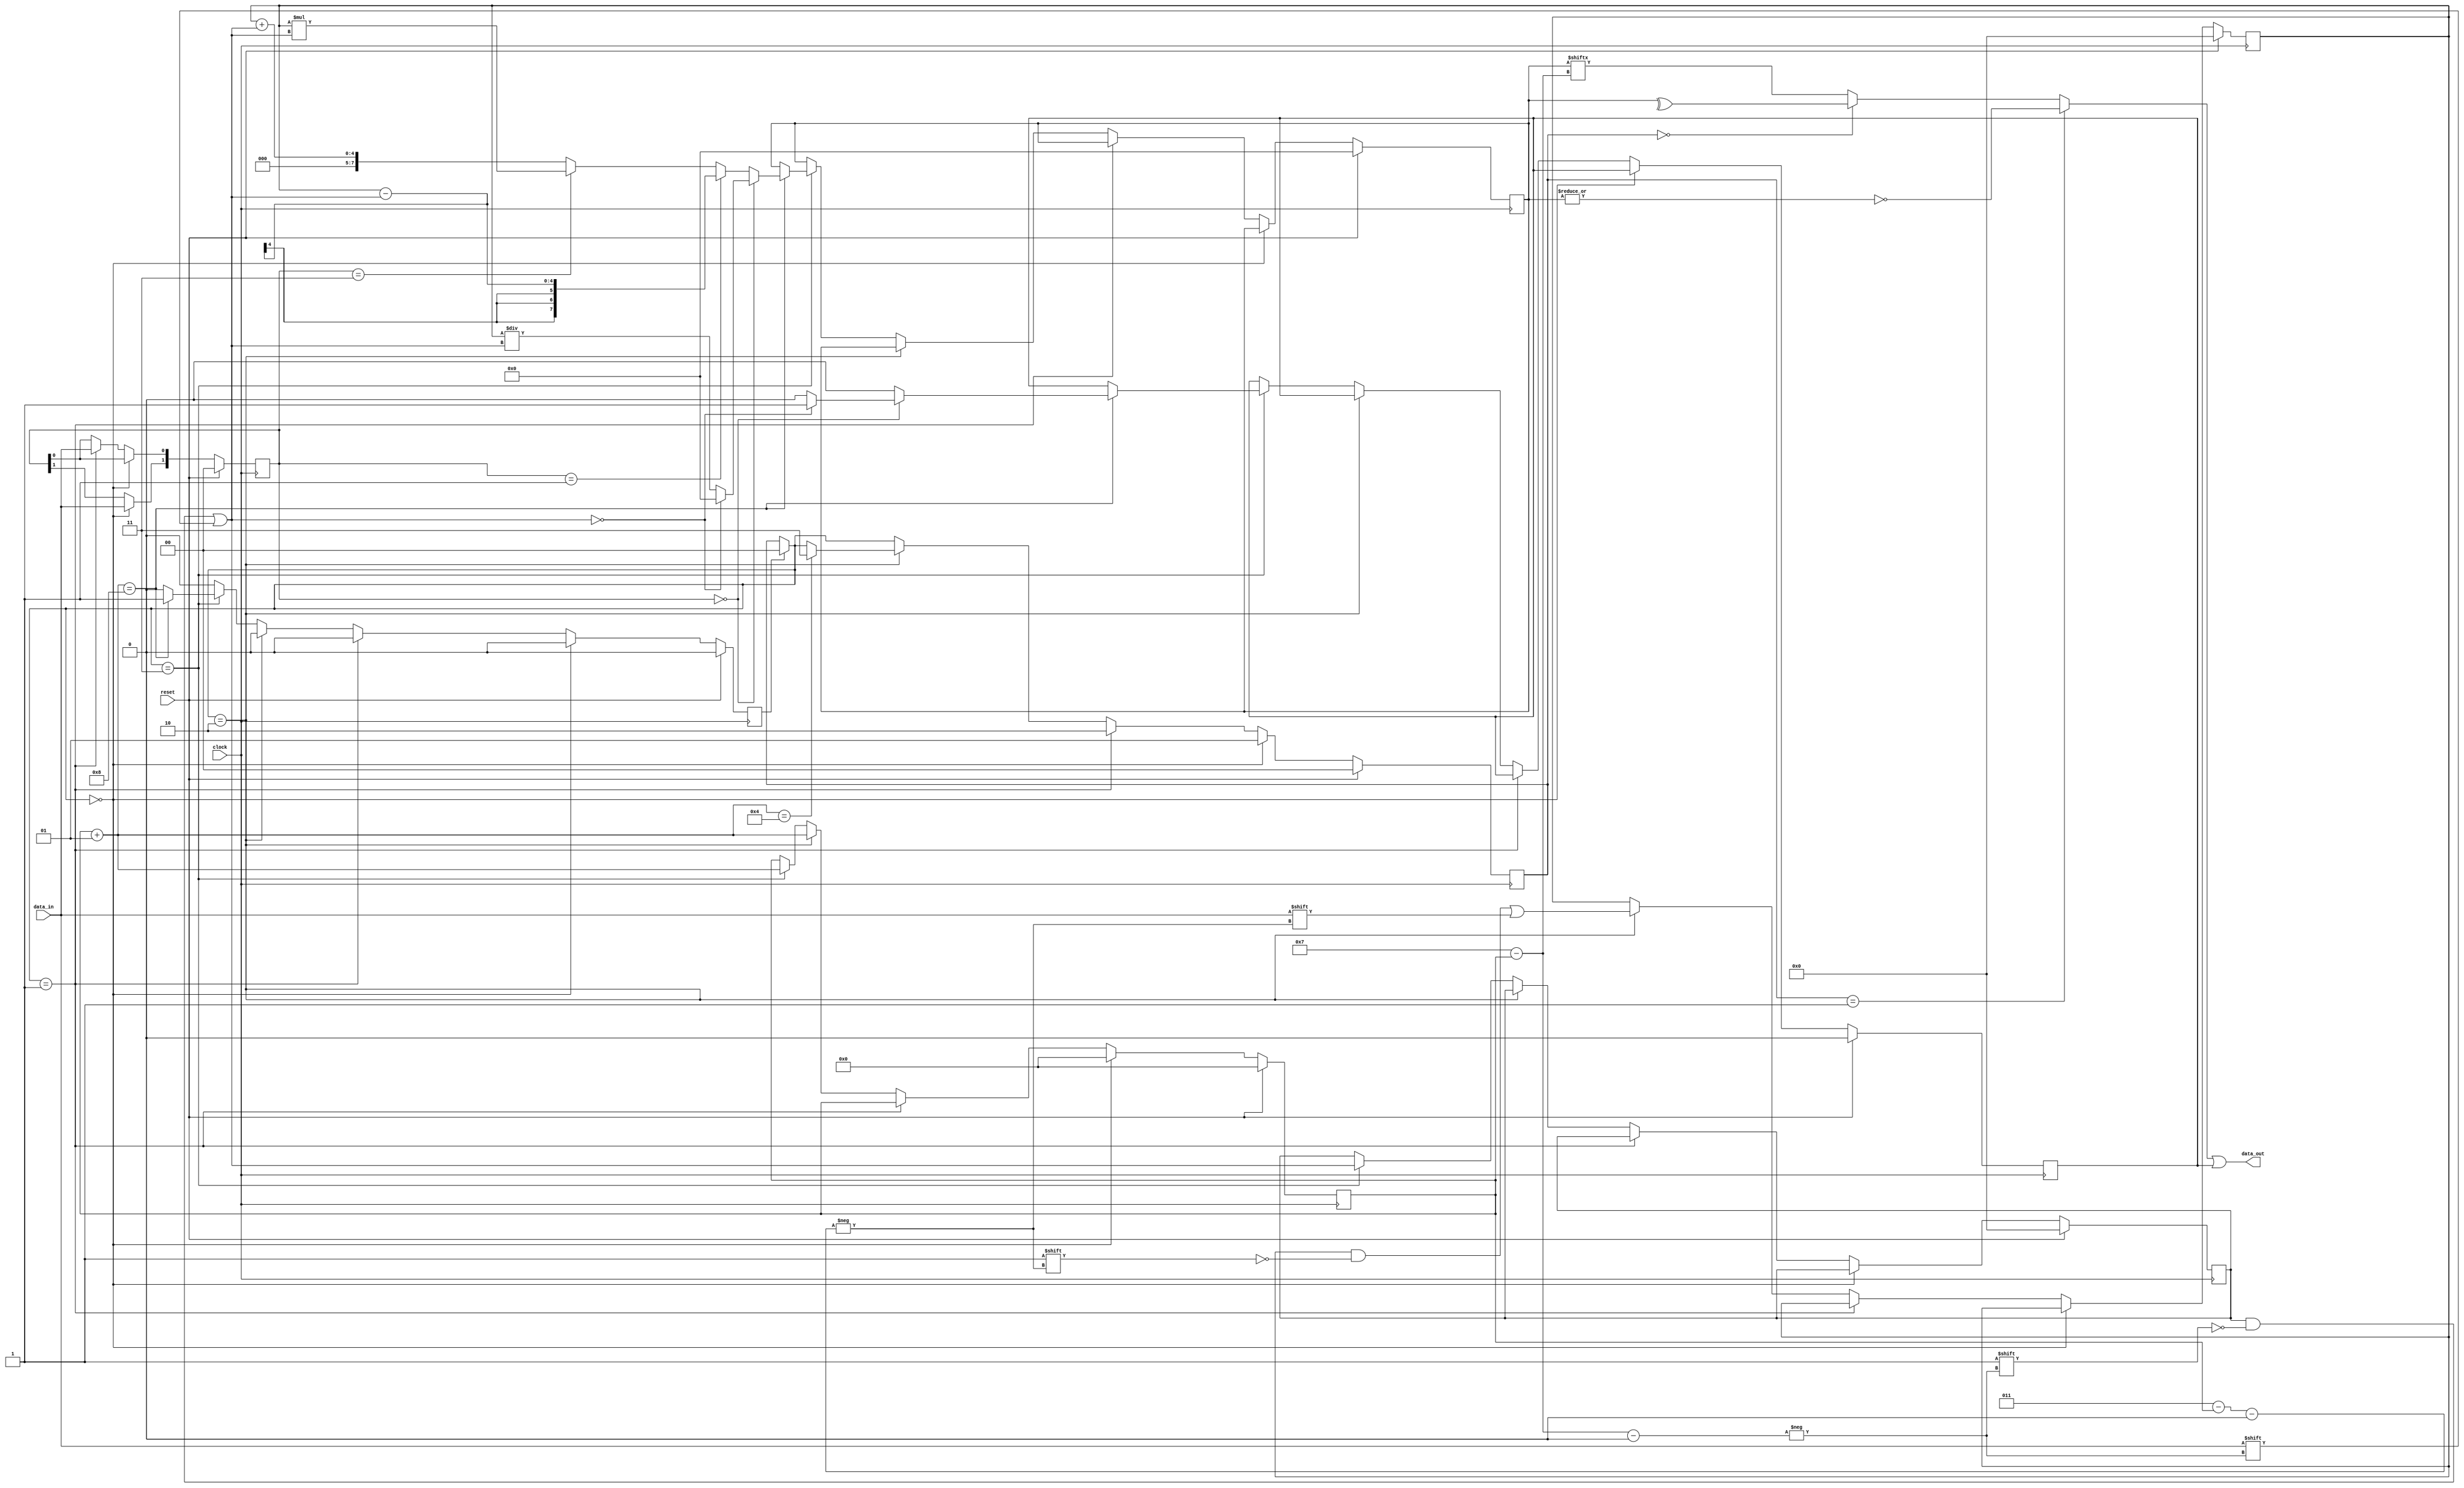
module alu #(parameter N = 4)(input wire clock, input wire reset, input wire data_in, output wire data_out);
	reg [N-1:0] a, b;
    reg [2*N-1:0] result;
    reg [1:0] state, opcode;
    integer counter;
    reg exception, ready;
    assign data_out = (state == 2'b01 ? (~|result) : state == 2'b00 ? (^result) : result[2*N-1-counter]) | exception;
    always @(posedge clock) 
    begin
    	if (ready)
    	begin
    		state = 2'b00;
    		ready = 0;
    	end
        if (reset) 
		begin
			a = 0;
            b = 0;
            result = 0;
            state = 2'b00;
            opcode = 2'b00;
            counter = 0;
            exception = 0;
            ready = 0;
        end 
		else 
		begin
			if (state == 2'b00)
			begin
				counter = 0;
				opcode[1] = data_in;
                state = 2'b01;
			end
			else if (state == 2'b01)
			begin
				opcode[0] = data_in;
                state = 2'b10;
			end
			else if (state == 2'b10)
			begin
				a[N-1-counter] = data_in;
                counter = counter + 1;
                if (counter == N)
                    state = 2'b11;
			end
			else if (state == 2'b11)
			begin
				b[2*N-1-counter] = data_in;
                counter = counter + 1;
                if (counter == 2 * N) 
				begin
                    exception = 0;
                    if (opcode == 2'b00)
                    begin
                    	if (b == 0) 
						begin
                           result = 0;
                           exception = 1;
                        end 
						else
                            result = a / b;
                    end
                    else
                    begin
                    	result = opcode == 2'b01 ? a - b : opcode == 2'b11 ? a * b : a + b;
                    end
                    ready = 1;
                end
			end
        end
    end
endmodule